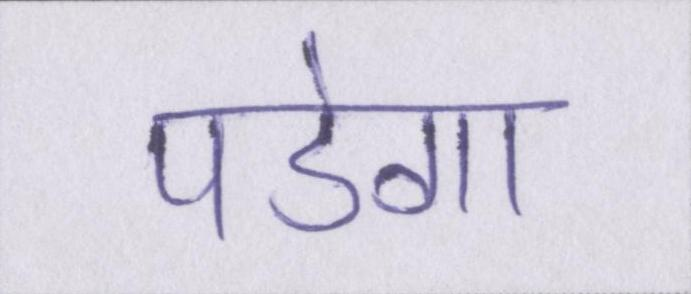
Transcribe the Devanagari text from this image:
पडेगा